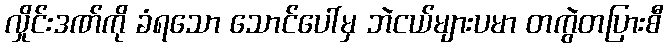
လှိုင်းဒဏ်ကို ခံရသော သောင်ပေါ်မှ ဘဲငယ်များပမာ တကွဲတပြားစီ